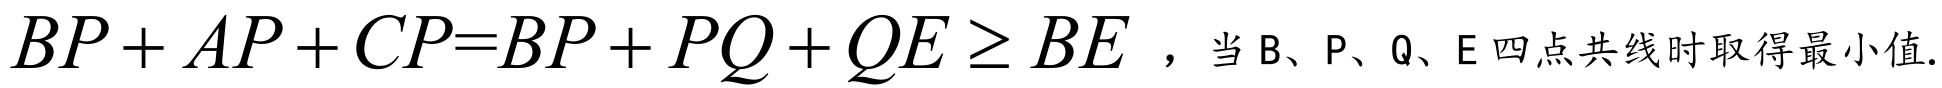
\(BP + AP + CP=BP + PQ + QE \geq BE\) ，当 B、P、Q、E 四点共线时取得最小值.